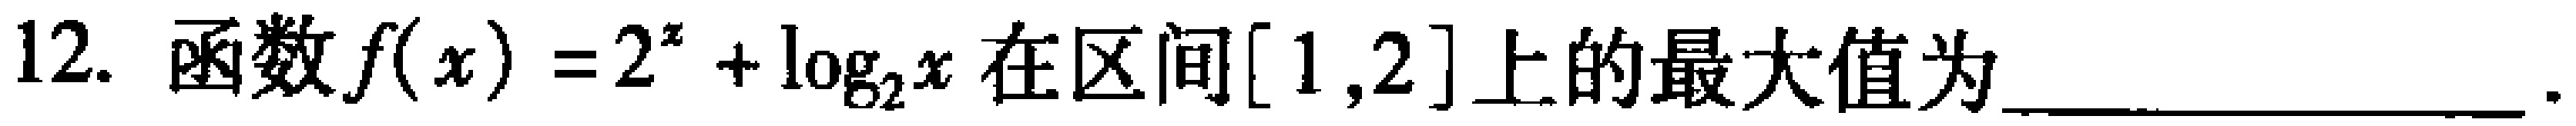
12. 函数\(f(x)=2^{x}+\log_{2}x\)在区间\([1,2]\)上的最大值为_________________.